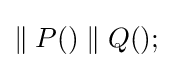
\parallel P()\parallel Q();